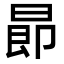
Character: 𣌸